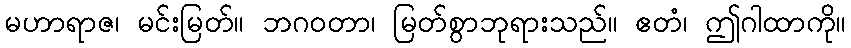
မဟာရာဇ၊ မင်းမြတ်။ ဘဂဝတာ၊ မြတ်စွာဘုရားသည်။ ဧတံ၊ ဤဂါထာကို။